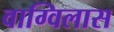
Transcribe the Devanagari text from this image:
वाग्विलास